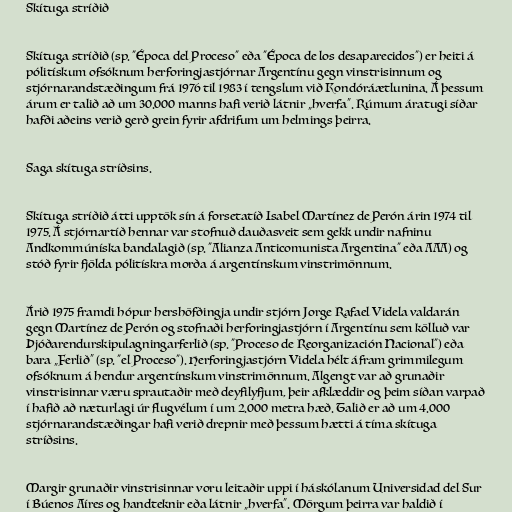
Skítuga stríðið

Skítuga stríðið (sp. "Época del Proceso" eða "Época de los desaparecidos") er heiti á
pólitískum ofsóknum herforingjastjórnar Argentínu gegn vinstrisinnum og
stjórnarandstæðingum frá 1976 til 1983 í tengslum við Kondóráætlunina. Á þessum
árum er talið að um 30.000 manns hafi verið látnir „hverfa“. Rúmum áratugi síðar
hafði aðeins verið gerð grein fyrir afdrifum um helmings þeirra.

Saga skítuga stríðsins.

Skítuga stríðið átti upptök sín á forsetatíð Isabel Martínez de Perón árin 1974 til
1975. Á stjórnartíð hennar var stofnuð dauðasveit sem gekk undir nafninu
Andkommúníska bandalagið (sp. "Alianza Anticomunista Argentina" eða AAA) og
stóð fyrir fjölda pólitískra morða á argentínskum vinstrimönnum.

Árið 1975 framdi hópur hershöfðingja undir stjórn Jorge Rafael Videla valdarán
gegn Martínez de Perón og stofnaði herforingjastjórn í Argentínu sem kölluð var
Þjóðarendurskipulagningarferlið (sp. "Proceso de Reorganización Nacional") eða
bara „Ferlið“ (sp. "el Proceso"). Herforingjastjórn Videla hélt áfram grimmilegum
ofsóknum á hendur argentínskum vinstrimönnum. Algengt var að grunaðir
vinstrisinnar væru sprautaðir með deyfilyfjum, þeir afklæddir og þeim síðan varpað
í hafið að næturlagi úr flugvélum í um 2.000 metra hæð. Talið er að um 4.000
stjórnarandstæðingar hafi verið drepnir með þessum hætti á tíma skítuga
stríðsins.

Margir grunaðir vinstrisinnar voru leitaðir uppi í háskólanum Universidad del Sur
í Búenos Aíres og handteknir eða látnir „hverfa“. Mörgum þeirra var haldið í